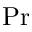
\mathrm { P r }